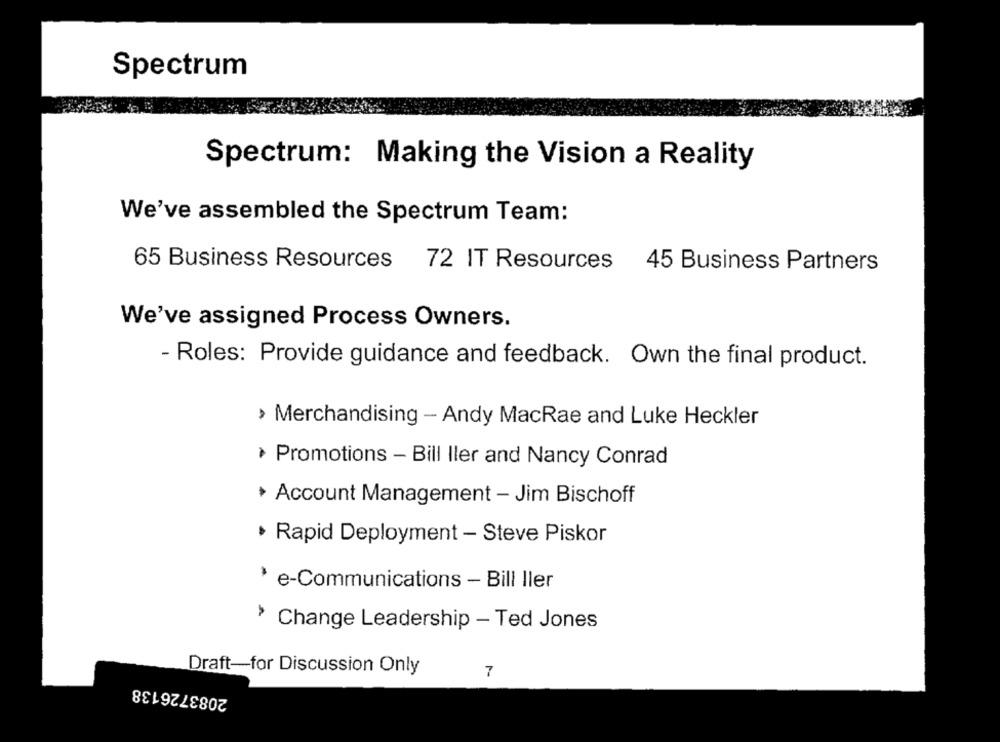
Spectrum
Spectrum: Making the Vision a Reality
We've assembled the Spectrum Team:
65 Business Resources 72 IT Resources 45 Business Partners
We've assigned Process Owners.
- Roles: Provide guidance and feedback. Own the final product.
› Merchandising - Andy MacRae and Luke Heckler
> Promotions - Bill Iler and Nancy Conrad
+ Account Management - Jim Bischoff
· Rapid Deployment - Steve Piskor
* e-Communications - Bill Iler
› Change Leadership - Ted Jones
Draft-for Discussion Only
7
2083726138